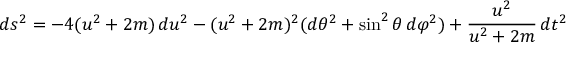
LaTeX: d s ^ { 2 } = - 4 ( u ^ { 2 } + 2 m ) \, d u ^ { 2 } - ( u ^ { 2 } + 2 m ) ^ { 2 } ( d \theta ^ { 2 } + \sin ^ { 2 } \theta \, d \varphi ^ { 2 } ) + { \frac { u ^ { 2 } } { u ^ { 2 } + 2 m } } \, d t ^ { 2 }